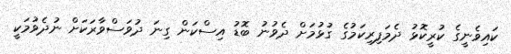
ކައިވެނީގެ ކުރީކޮޅު ދެމަފިރިކަމުގެ ގުޅުމަށް ދެވުނު ބޮޑު އިސްކަން ގިނަ ދުވަސްވާރަކަށް ނުދެވުމަކީ